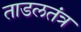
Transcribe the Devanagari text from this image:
ताडलतंत्र